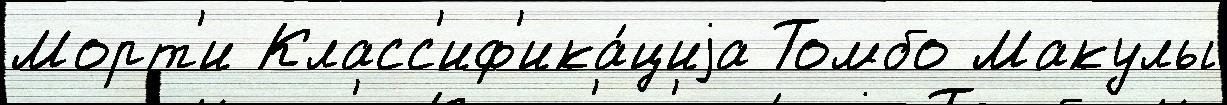
Морт'и Класс'иф'ика́циjа Томбо Макулы